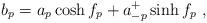
LaTeX: \begin{align*}b_p =a_p \cosh f_p + a^+_{-p} \sinh f_p ~,\end{align*}